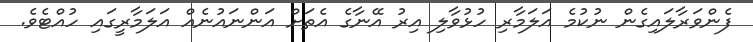
ފެންވަރާލައިގެން ނުކުމެ އަލަމާރި ހުޅުވާލި އިރު އޭނާގެ އެތަށް އަންނައުނެއް އަލަމާރީގައި ހުއްޓެވެ.